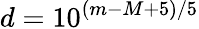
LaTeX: d=10^{(m-M+5)/5}